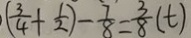
( \frac { 3 } { 4 } + \frac { 1 } { 2 } ) - \frac { 7 } { 8 } = \frac { 3 } { 8 } ( t )